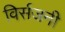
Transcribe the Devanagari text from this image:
विर्सजनी